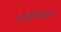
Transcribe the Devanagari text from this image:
आर्गेनिजेशन